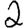
Digit: 2